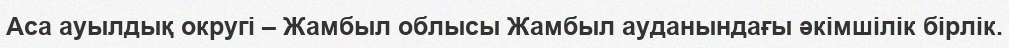
Аса ауылдық округі – Жамбыл облысы Жамбыл ауданындағы әкімшілік бірлік.